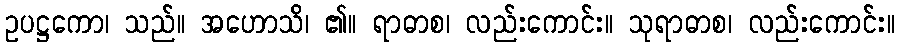
ဥပဋ္ဌကော၊ သည်။ အဟောသိ၊ ၏။ ရာဓာစ၊ လည်းကောင်း။ သုရာဓာစ၊ လည်းကောင်း။